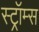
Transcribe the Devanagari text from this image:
स्ट्रॉम्स